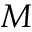
M